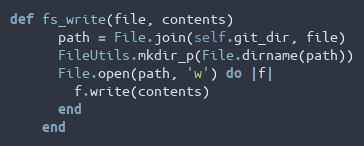
Language: Ruby
def fs_write(file, contents)
      path = File.join(self.git_dir, file)
      FileUtils.mkdir_p(File.dirname(path))
      File.open(path, 'w') do |f|
        f.write(contents)
      end
    end